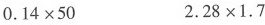
$$0 . 1 4 × 5 0$$$$ 2 . 2 8 × 1 . 7 $$